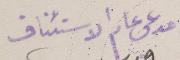
مدعى عام الاستئناف